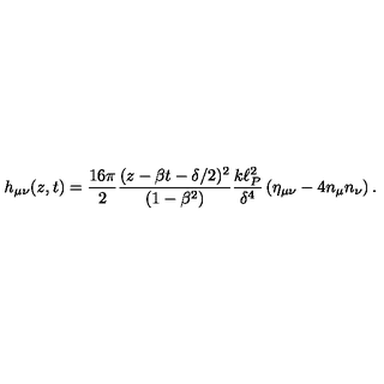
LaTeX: h _ { \mu \nu } ( z , t ) = { \frac { 1 6 \pi } { 2 } } { \frac { ( z - \beta t - \delta / 2 ) ^ { 2 } } { ( 1 - \beta ^ { 2 } ) } } { \frac { k \ell _ { P } ^ { 2 } } { \delta ^ { 4 } } } \left( \eta _ { \mu \nu } - 4 n _ { \mu } n _ { \nu } \right) .